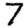
Digit: 7